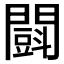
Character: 𨶜